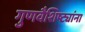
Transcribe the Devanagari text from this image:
गुणवैशिष्ट्यांना